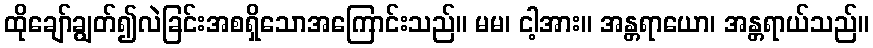
ထိုချော်ချွတ်၍လဲခြင်းအစရှိသောအကြောင်းသည်။ မမ၊ ငါ့အား။ အန္တရာယော၊ အန္တရာယ်သည်။